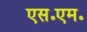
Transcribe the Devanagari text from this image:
एस॰एम॰